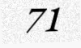
71